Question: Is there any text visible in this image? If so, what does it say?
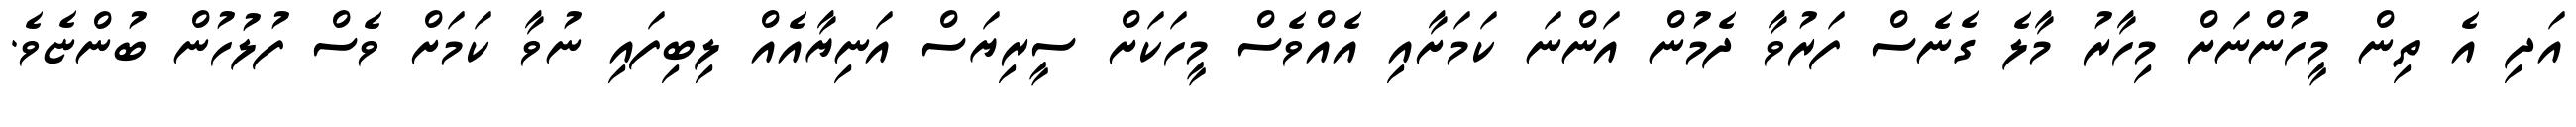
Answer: އަދި އެ ތިން މީހުންނަށް މިހާރު މާލެ ގެނެސް ފަރުވާ ދެމުން އަންނަ ކަމަށާއި އެއްވެސް މީހަކަށް ސީރިޔަސް އަނިޔާއެއް ލިބިފައި ނުވާ ކަމަށް ވެސް ފުލުހުން ބުންޏެވެ.